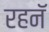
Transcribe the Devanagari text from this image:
रहनॅ